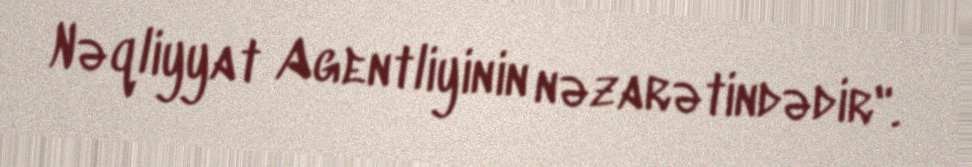
Nəqliyyat Agentliyinin nəzarətindədir".